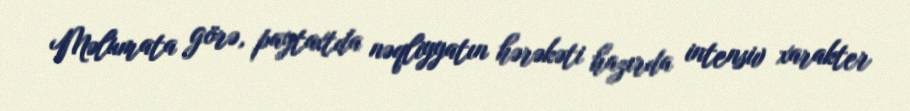
Məlumata görə, paytaxtda nəqliyyatın hərəkəti hazırda intensiv xarakter